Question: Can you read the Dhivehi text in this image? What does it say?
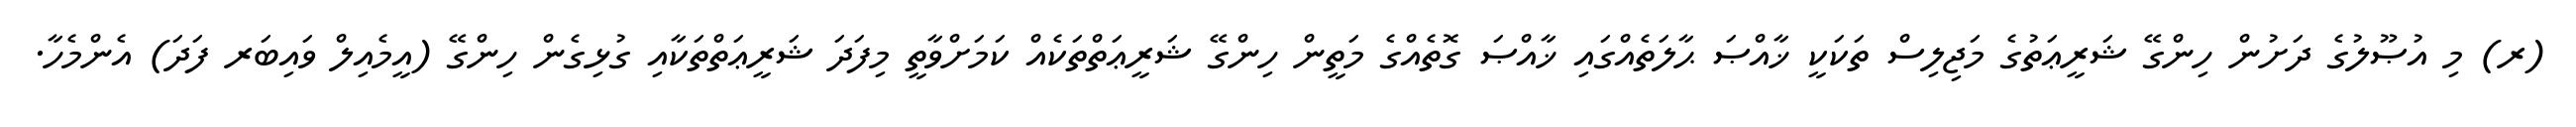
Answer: (ރ) މި އުޞޫލުގެ ދަށުން ހިންގޭ ޝަރީޢަތުގެ މަޖިލިސް ތަކަކީ ޚާއްޞަ ޙާލަތެއްގައި ޚާއްޞަ ގޮތެއްގެ މަތީން ހިންގޭ ޝަރީޢަތްތަކެއް ކަމަށްވާތީ މިފަދަ ޝަރީޢަތްތަކާއި ގުޅިގެން ހިންގޭ (އީމެއިލް ވައިބަރ ފަދަ) އެންމެހާ.